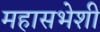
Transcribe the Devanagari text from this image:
महासभेशी